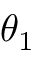
\theta _ { 1 }